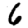
Digit: 6